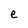
Character: e